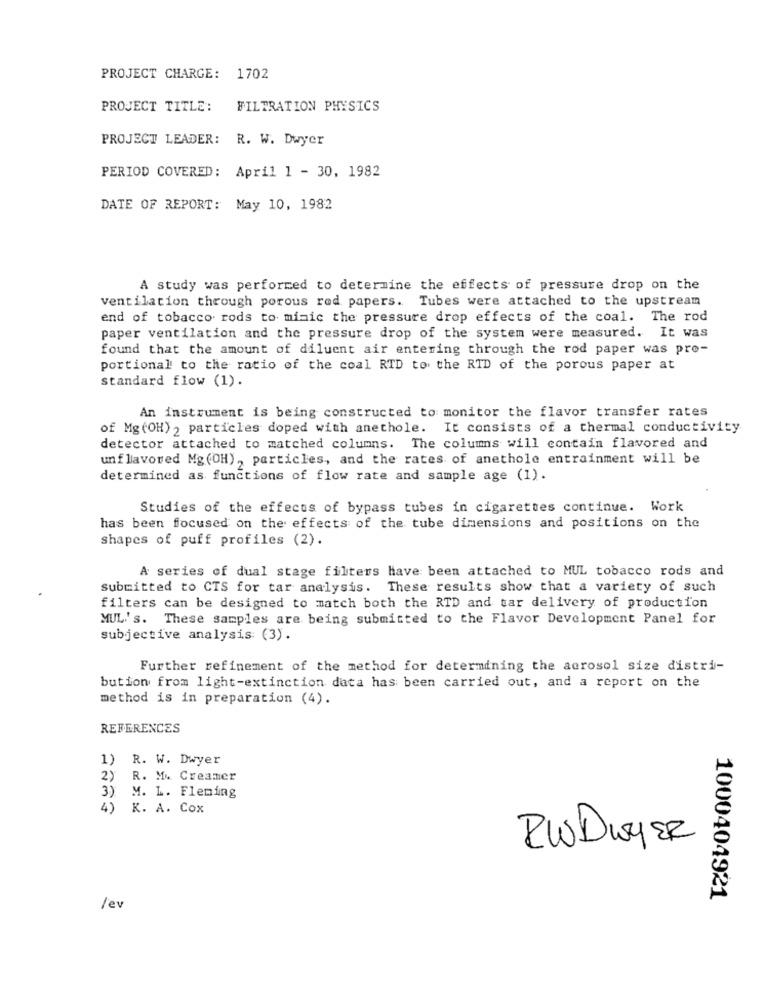
PROJECT CHARGE: 1702
PROJECT TITLE:
FILTRATION PHYSICS
PROJECT LEADER: R. W. Dwyer
PERIOD COVERED: April 1 - 30, 1982
DATE OF REPORT: May 10, 1982
A study was performed to determine the effects of pressure drop on the
ventilation through porous rod papers. Tubes were attached to the upstream
end of tobacco rods to mimic the pressure drop effects of the coal. The rod
paper ventilation and the pressure drop of the system were measured. It was
found that the amount of diluent air entering through the rod paper was pro-
portional to the ratio of the coal RTD to the RID of the porous paper at
Standard flow (1).
An instrument is being constructed to monitor the flavor transfer rates
of Mg (OH) 2 particles doped with anethole. It consists of a thermal conductivity
detector attached to matched columns. The columns will contain flavored and
unflavored Mg(OH), particles, and the rates of anethole entrainment will be
determined as functions of flow rate and sample age (1).
Studies of the effects of bypass tubes in cigarettes continue. Work
has been focused on the effects of the tube dimensions and positions on the
shapes of puff profiles (2).
A series of dual stage filters have been attached to MUL tobacco rods and
submitted to CTS for tar analysis. These results show that a variety of such
filters can be designed to match both the RTD and tar delivery of production
MUL's. These samples are being submitted to the Flavor Development Panel for
subjective analysis (3).
Further refinement of the method for determining the aerosol size distri-
bution from light-extinction data has been carried out, and a report on the
method is in preparation (4).
REFERENCES
1) R. W. Dwyer
2)
R. M. Creamer
3)
M. L. Fleming
4)
K. A. Cox
RWDWYER
1000404921
/ev